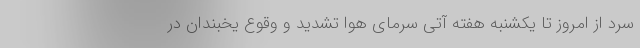
سرد از امروز تا یکشنبه هفته آتی سرمای هوا تشدید و وقوع یخبندان در